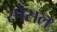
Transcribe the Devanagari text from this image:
स्पेसल